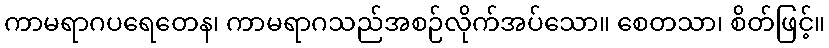
ကာမရာဂပရေတေန၊ ကာမရာဂသည်အစဉ်လိုက်အပ်သော။ စေတသာ၊ စိတ်ဖြင့်။